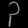
Digit: ၃